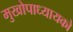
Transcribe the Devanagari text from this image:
मुखोपाध्यायको